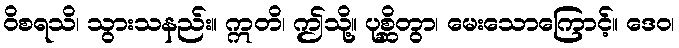
ဝိစရသိ၊ သွားသနည်း။ ဣတိ၊ ဤသို့။ ပုစ္ဆိတွာ၊ မေးသောကြောင့်။ ဒေဝ၊